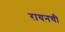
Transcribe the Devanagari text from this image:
रायनची